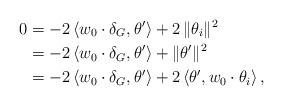
LaTeX: \begin{align*}0&=-2\,\langle w_0\cdot\delta_G,\theta'\rangle+2\,\|\theta_i\|^2\\&=-2\,\langle w_0\cdot\delta_G,\theta'\rangle+\|\theta'\|^2\\&=-2\,\langle w_0\cdot\delta_G,\theta'\rangle+2\, \langle \theta',w_0\cdot\theta_i\rangle\,,\end{align*}